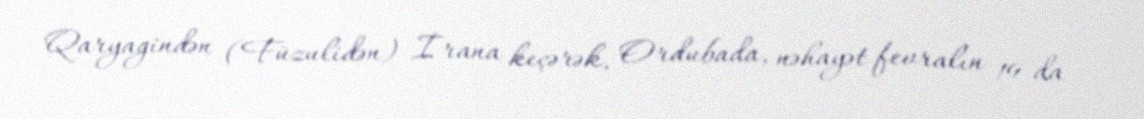
Qaryagindən (Füzulidən) İrana keçərək, Ordubada, nəhayət fevralın 19-da